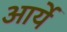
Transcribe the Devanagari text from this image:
आर्ये